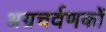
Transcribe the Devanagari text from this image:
अग्रचर्वणकों